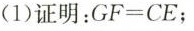
(1)证明：GF=CE；